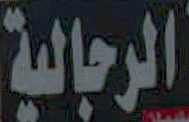
الرجالية